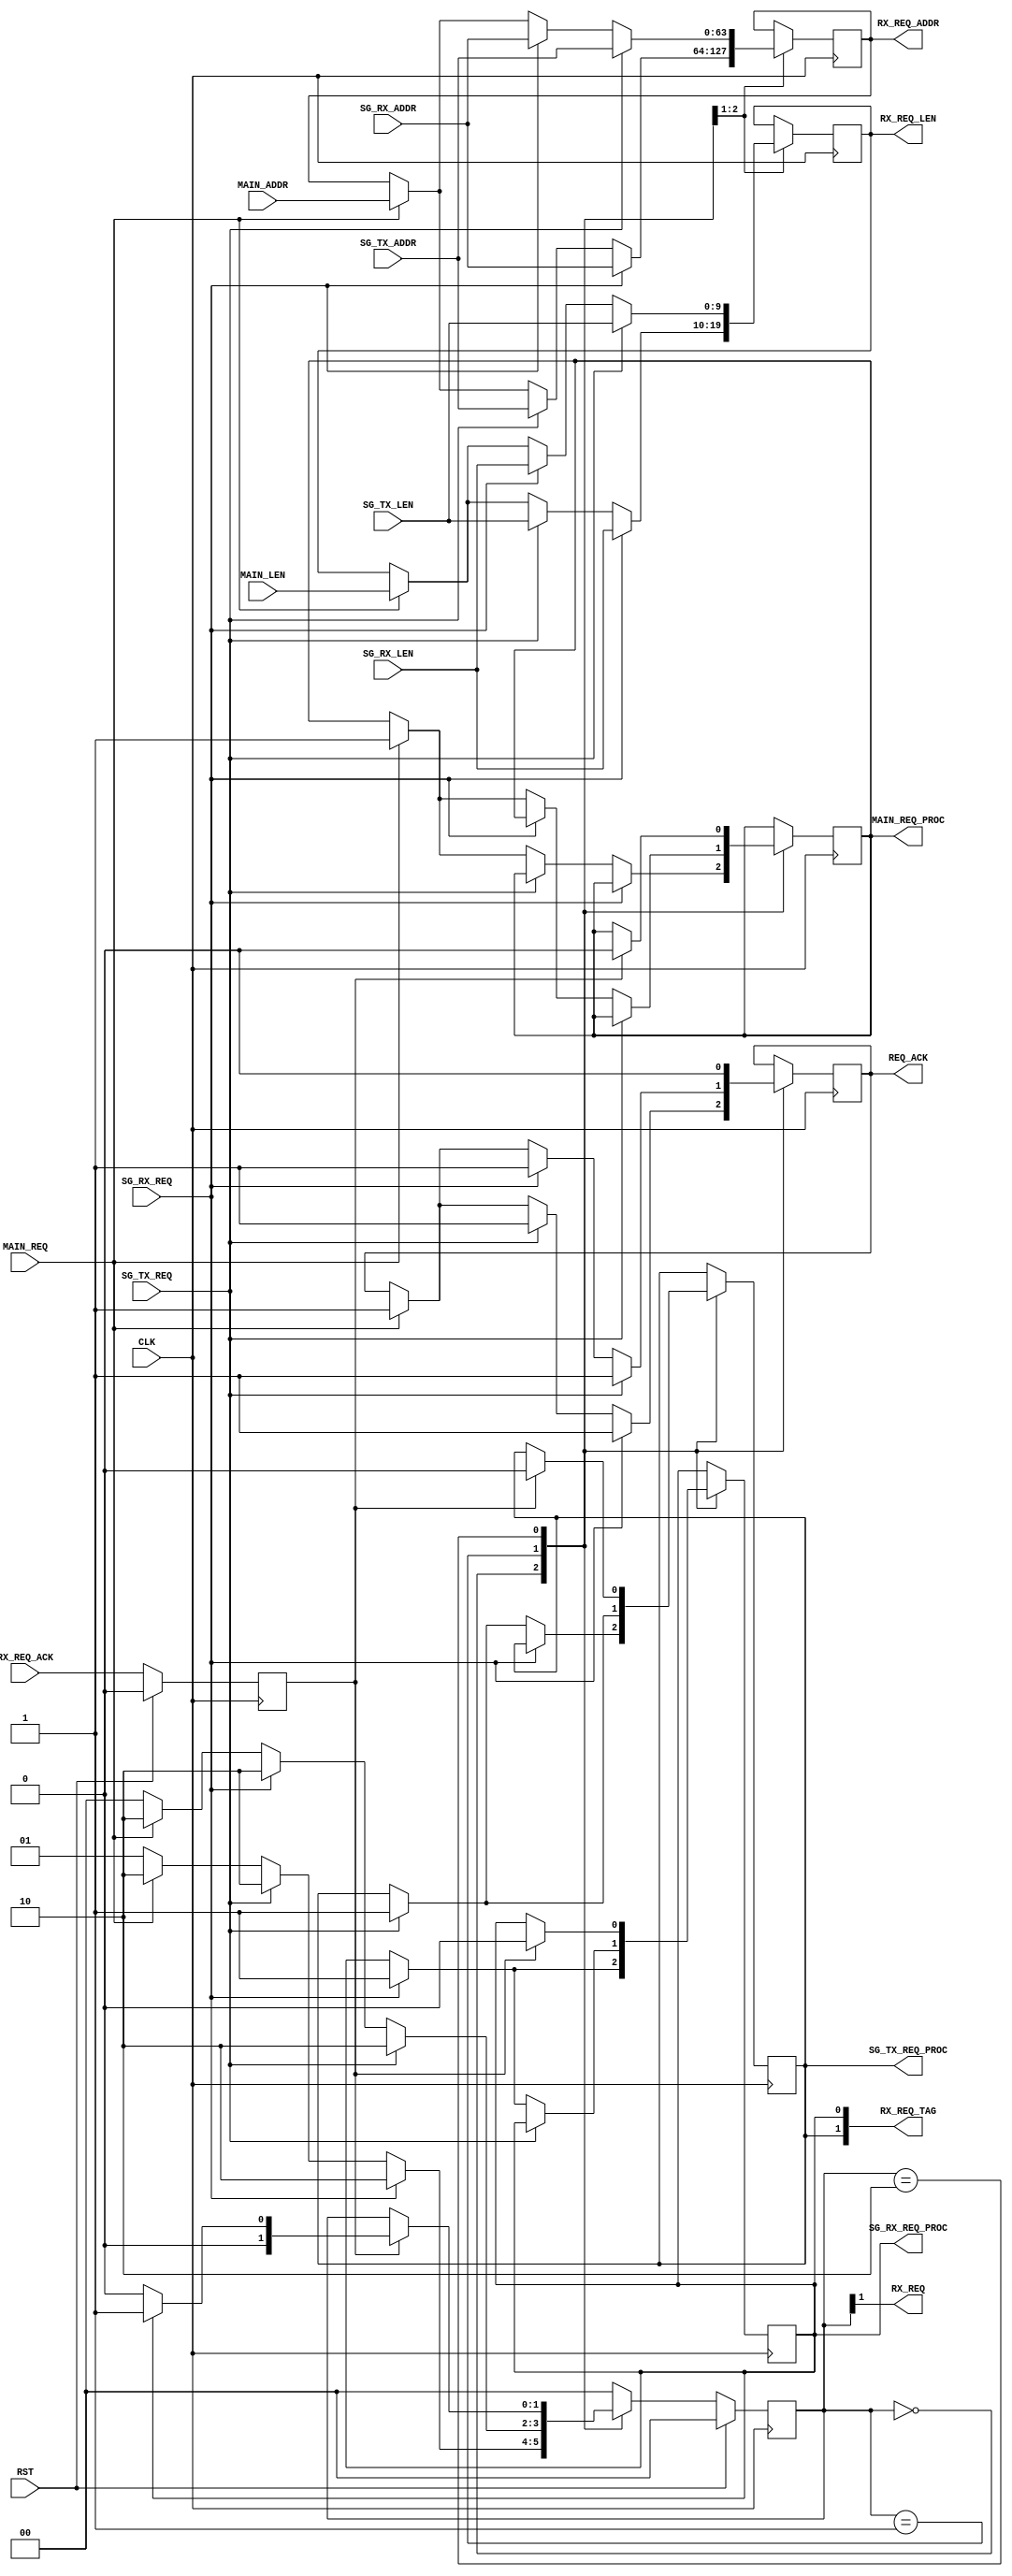
`timescale 1ns/1ns
//----------------------------------------------------------------------------
// This software is Copyright  2012 The Regents of the University of 
// California. All Rights Reserved.
//
// Permission to copy, modify, and distribute this software and its 
// documentation for educational, research and non-profit purposes, without 
// fee, and without a written agreement is hereby granted, provided that the 
// above copyright notice, this paragraph and the following three paragraphs 
// appear in all copies.
//
// Permission to make commercial use of this software may be obtained by 
// contacting:
// Technology Transfer Office
// 9500 Gilman Drive, Mail Code 0910
// University of California
// La Jolla, CA 92093-0910
// (858) 534-5815
// invent@ucsd.edu
// 
// This software program and documentation are copyrighted by The Regents of 
// the University of California. The software program and documentation are 
// supplied "as is", without any accompanying services from The Regents. The 
// Regents does not warrant that the operation of the program will be 
// uninterrupted or error-free. The end-user understands that the program was 
// developed for research purposes and is advised not to rely exclusively on 
// the program for any reason.
// 
// IN NO EVENT SHALL THE UNIVERSITY OF CALIFORNIA BE LIABLE TO
// ANY PARTY FOR DIRECT, INDIRECT, SPECIAL, INCIDENTAL, OR
// CONSEQUENTIAL DAMAGES, INCLUDING LOST PROFITS, ARISING
// OUT OF THE USE OF THIS SOFTWARE AND ITS DOCUMENTATION,
// EVEN IF THE UNIVERSITY OF CALIFORNIA HAS BEEN ADVISED OF
// THE POSSIBILITY OF SUCH DAMAGE. THE UNIVERSITY OF
// CALIFORNIA SPECIFICALLY DISCLAIMS ANY WARRANTIES,
// INCLUDING, BUT NOT LIMITED TO, THE IMPLIED WARRANTIES OF
// MERCHANTABILITY AND FITNESS FOR A PARTICULAR PURPOSE.
// THE SOFTWARE PROVIDED HEREUNDER IS ON AN "AS IS" BASIS, 
// AND THE UNIVERSITY OF CALIFORNIA HAS NO OBLIGATIONS TO
// PROVIDE MAINTENANCE, SUPPORT, UPDATES, ENHANCEMENTS, OR
// MODIFICATIONS.
//----------------------------------------------------------------------------
//----------------------------------------------------------------------------
// Version:				1.00.a
// Verilog Standard:	Verilog-2001
// Description:			Issues read requests to the tx_engine for the rx_port
// and sg_list_requester modules in the rx_port. Expects those modules to update
// their address and length values after every request issued. Also expects them
// to update their space available values within 6 cycles of a change to the
// RX_LEN.
// History:				@mattj: Version 2.0
//-----------------------------------------------------------------------------
`define S_RXPORTREQ_RX_TX		2'b00
`define S_RXPORTREQ_TX_RX		2'b01
`define S_RXPORTREQ_ISSUE		2'b10

module rx_port_requester_mux (
	input RST,
	input CLK,
	
	input SG_RX_REQ,				// Scatter gather RX read request
	input [9:0] SG_RX_LEN,			// Scatter gather RX read request length
	input [63:0] SG_RX_ADDR,		// Scatter gather RX read request address
	output SG_RX_REQ_PROC,			// Scatter gather RX read request processing

	input SG_TX_REQ,				// Scatter gather TX read request
	input [9:0] SG_TX_LEN,			// Scatter gather TX read request length
	input [63:0] SG_TX_ADDR,		// Scatter gather TX read request address
	output SG_TX_REQ_PROC,			// Scatter gather TX read request processing
	
	input MAIN_REQ,					// Main read request
	input [9:0] MAIN_LEN,			// Main read request length
	input [63:0] MAIN_ADDR,			// Main read request address
	output MAIN_REQ_PROC,			// Main read request processing

	output RX_REQ,					// Read request
	input RX_REQ_ACK,				// Read request accepted
	output [1:0] RX_REQ_TAG,		// Read request data tag 
	output [63:0] RX_REQ_ADDR,		// Read request address
	output [9:0] RX_REQ_LEN,		// Read request length

	output REQ_ACK					// Request accepted
);

reg									rRxReqAck=0, _rRxReqAck=0;

(* syn_encoding = "user" *)
(* fsm_encoding = "user" *)
reg		[1:0]						rState=`S_RXPORTREQ_RX_TX, _rState=`S_RXPORTREQ_RX_TX;
reg		[9:0]						rLen=0, _rLen=0;
reg		[63:0]						rAddr=64'd0, _rAddr=64'd0;
reg									rSgRxAck=0, _rSgRxAck=0;
reg									rSgTxAck=0, _rSgTxAck=0;
reg									rMainAck=0, _rMainAck=0;
reg									rAck=0, _rAck=0;


assign SG_RX_REQ_PROC = rSgRxAck;
assign SG_TX_REQ_PROC = rSgTxAck;
assign MAIN_REQ_PROC = rMainAck;

assign RX_REQ = rState[1]; // S_RXPORTREQ_ISSUE
assign RX_REQ_TAG = {rSgTxAck, rSgRxAck};
assign RX_REQ_ADDR = rAddr;
assign RX_REQ_LEN = rLen;

assign REQ_ACK = rAck;


// Buffer signals that come from outside the rx_port.
always @ (posedge CLK) begin
	rRxReqAck <= #1 (RST ? 1'd0 : _rRxReqAck);
end

always @ (*) begin
	_rRxReqAck = RX_REQ_ACK;
end


// Handle issuing read requests. Scatter gather requests are processed
// with higher priority than the main channel.
always @ (posedge CLK) begin
	rState <= #1 (RST ? `S_RXPORTREQ_RX_TX : _rState);
	rLen <= #1 _rLen;
	rAddr <= #1 _rAddr;
	rSgRxAck <= #1 _rSgRxAck;
	rSgTxAck <= #1 _rSgTxAck;
	rMainAck <= #1 _rMainAck;
	rAck <= #1 _rAck;
end

always @ (*) begin
	_rState = rState;
	_rLen = rLen;
	_rAddr = rAddr;
	_rSgRxAck = rSgRxAck;
	_rSgTxAck = rSgTxAck;
	_rMainAck = rMainAck;
	_rAck = rAck;
	case (rState)

	`S_RXPORTREQ_RX_TX: begin // Wait for a new read request
		if (SG_RX_REQ) begin
			_rLen = SG_RX_LEN;
			_rAddr = SG_RX_ADDR;
			_rSgRxAck = 1;
			_rAck = 1;
			_rState = `S_RXPORTREQ_ISSUE;
		end
		else if (SG_TX_REQ) begin
			_rLen = SG_TX_LEN;
			_rAddr = SG_TX_ADDR;
			_rSgTxAck = 1;
			_rAck = 1;
			_rState = `S_RXPORTREQ_ISSUE;
		end
		else if (MAIN_REQ) begin
			_rLen = MAIN_LEN;
			_rAddr = MAIN_ADDR;
			_rMainAck = 1;
			_rAck = 1;
			_rState = `S_RXPORTREQ_ISSUE;
		end
		else begin
			_rState = `S_RXPORTREQ_TX_RX;
		end
	end

	`S_RXPORTREQ_TX_RX: begin // Wait for a new read request
		if (SG_TX_REQ) begin
			_rLen = SG_TX_LEN;
			_rAddr = SG_TX_ADDR;
			_rSgTxAck = 1;
			_rAck = 1;
			_rState = `S_RXPORTREQ_ISSUE;
		end
		else if (SG_RX_REQ) begin
			_rLen = SG_RX_LEN;
			_rAddr = SG_RX_ADDR;
			_rSgRxAck = 1;
			_rAck = 1;
			_rState = `S_RXPORTREQ_ISSUE;
		end
		else if (MAIN_REQ) begin
			_rLen = MAIN_LEN;
			_rAddr = MAIN_ADDR;
			_rMainAck = 1;
			_rAck = 1;
			_rState = `S_RXPORTREQ_ISSUE;
		end
		else begin
			_rState = `S_RXPORTREQ_RX_TX;
		end
	end

	`S_RXPORTREQ_ISSUE: begin // Issue the request
		_rAck = 0;
		if (rRxReqAck) begin
			_rSgRxAck = 0;
			_rSgTxAck = 0;
			_rMainAck = 0;
			if (rSgRxAck)
				_rState = `S_RXPORTREQ_TX_RX;
			else
				_rState = `S_RXPORTREQ_RX_TX;
		end
	end

	default: begin
		_rState = `S_RXPORTREQ_RX_TX;
	end

	endcase
end

endmodule